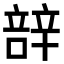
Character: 𮝼